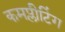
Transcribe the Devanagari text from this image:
कमप्लीटिंग